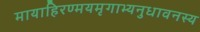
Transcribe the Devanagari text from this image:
मायाहिरण्मयमृगाभ्यनुधावनस्य